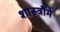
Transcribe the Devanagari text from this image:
शास्त्रौंमे